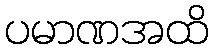
ပမာဏအထိ